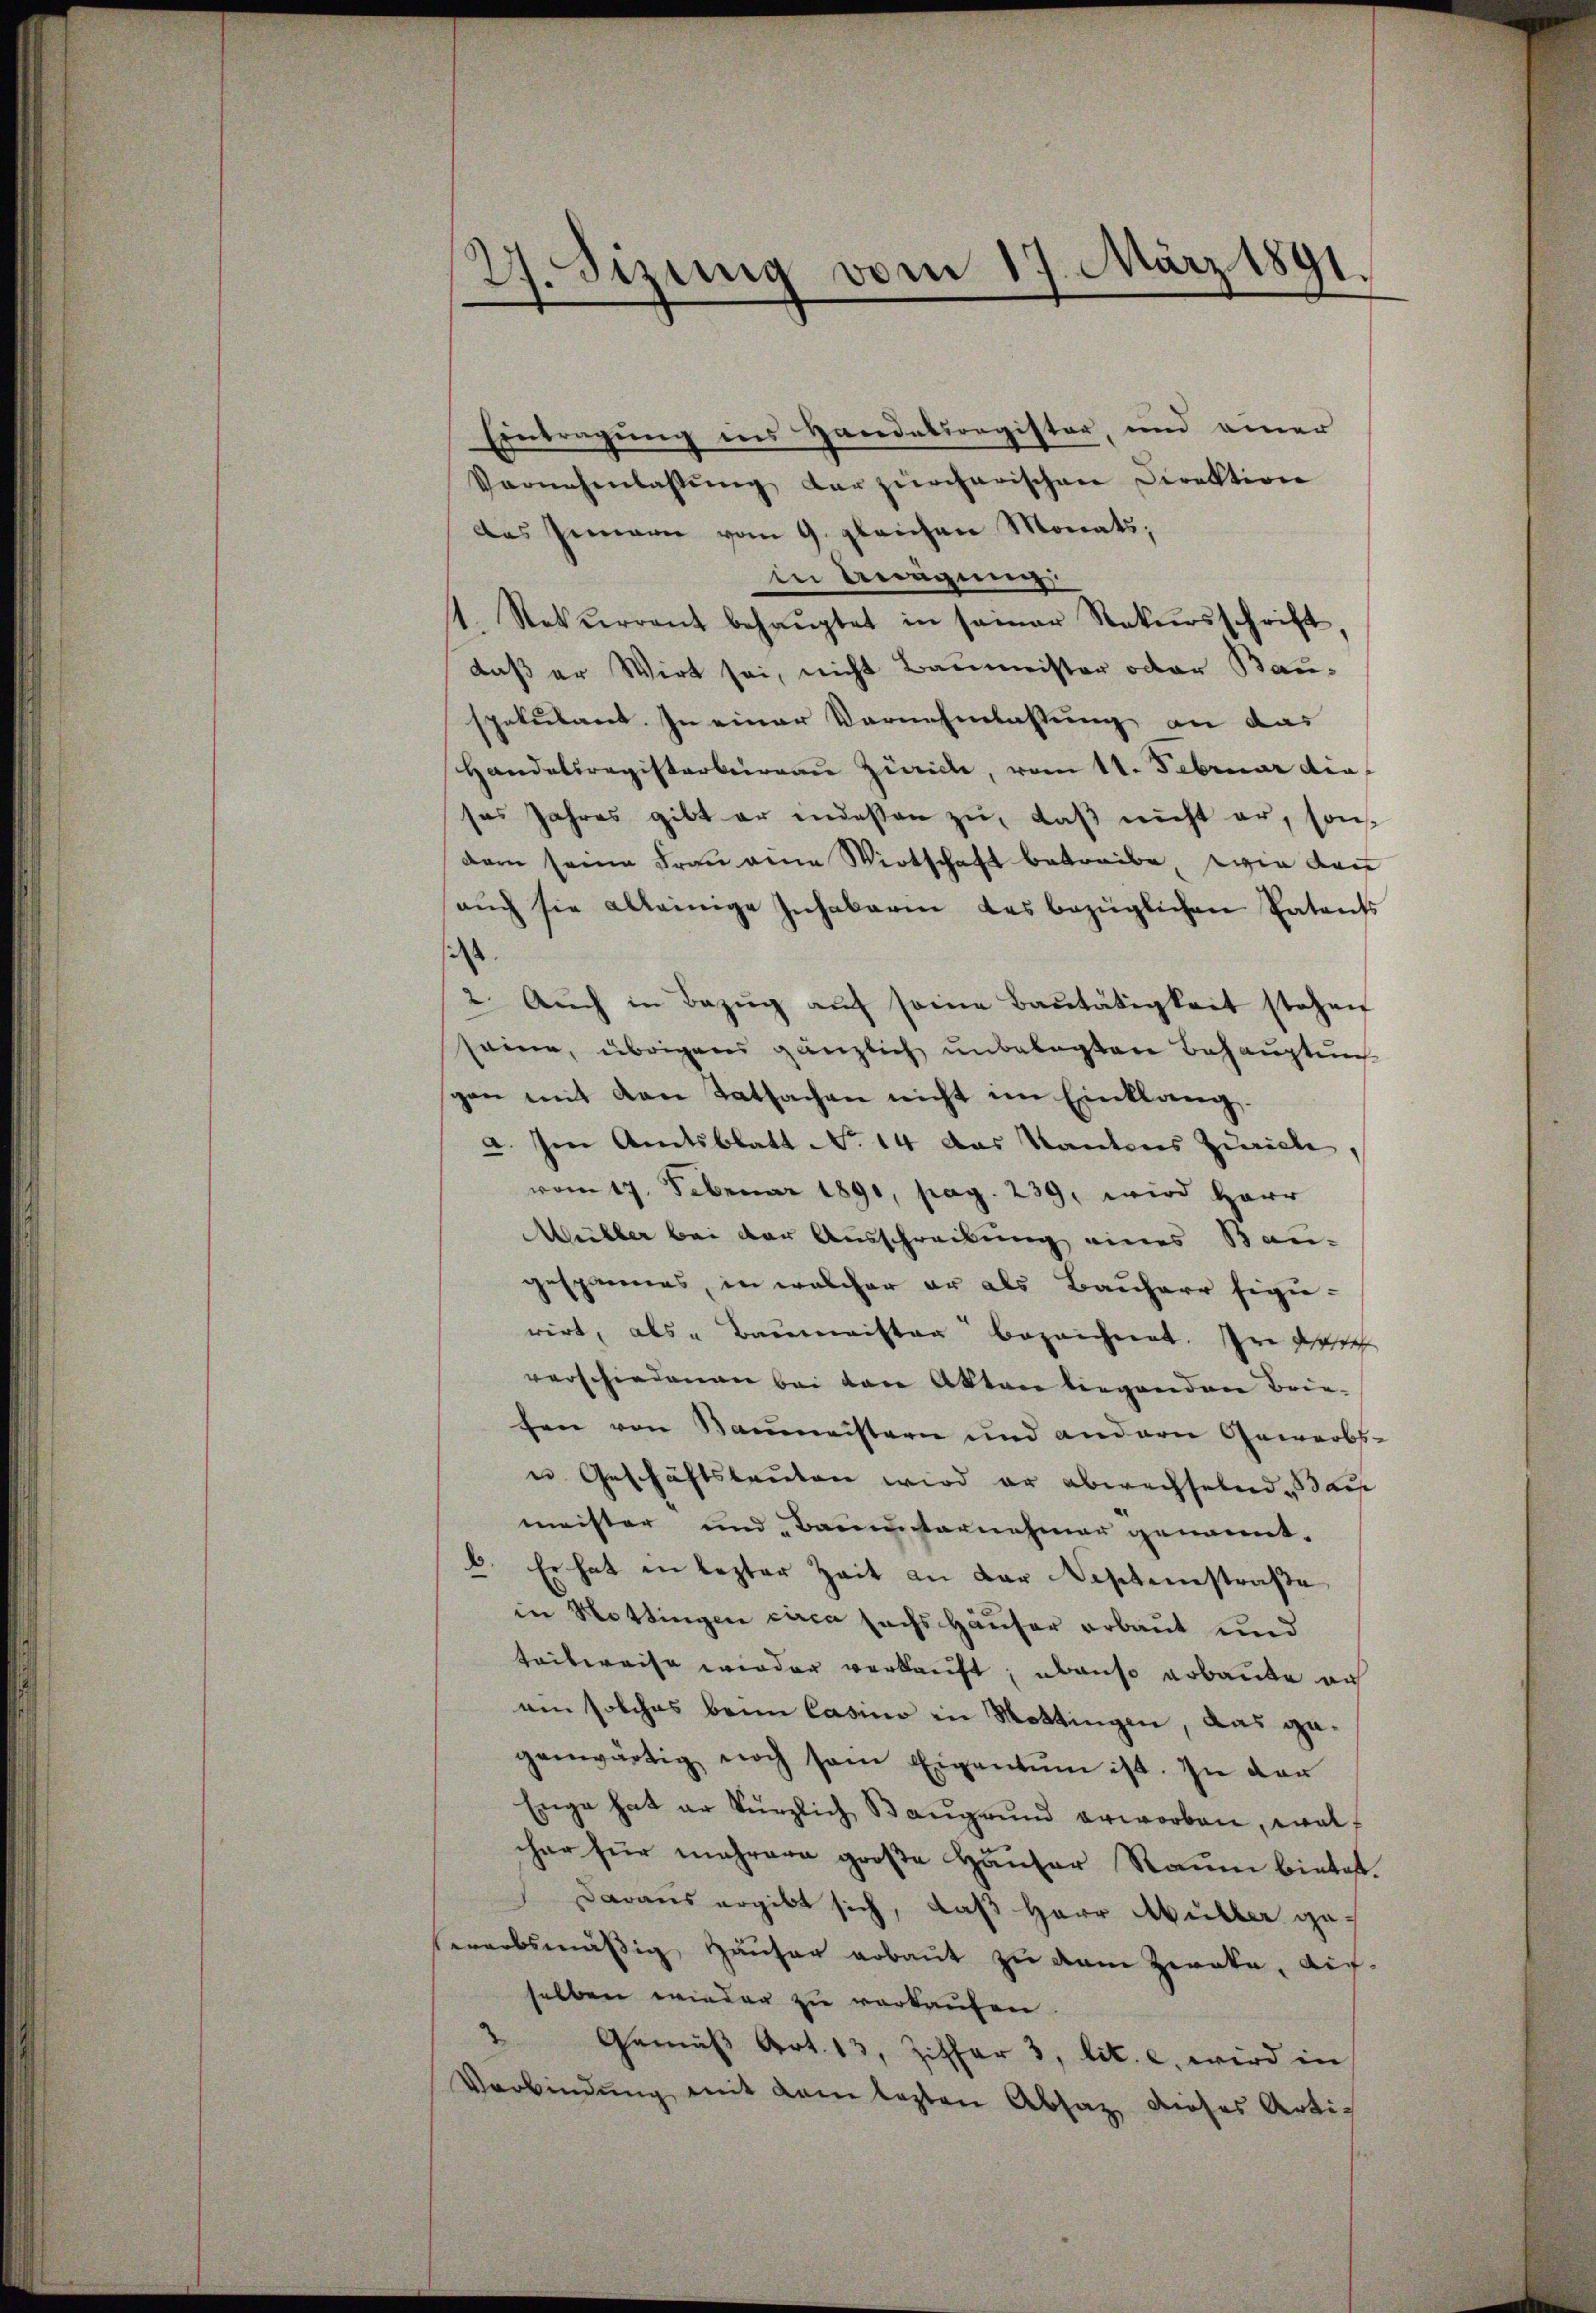
27. Sizung vom 17. März 1891.

Eintragung ins Handelsregister, und einer
Vornehmlassŭng der zürcherischen Direktion
das Innern vom 9. gleichen Monats,
in Anigung
1. Rekurrent behaŭptet in seiner Rekursschrift,
daß er Wirt sei, nicht Baumeister oder Bauspekulant. In einer Vernehmlassung an das
Handelsregisterbureau Zürich, vom 11. Februar die
ses Jahres gibt er indessen zu, daß nicht er, sondern seine Frau eine Wirtschaft betreibe, wie dann
aŭch sie alleinige Inhabarin das bezüglichen Patents
i
2. Aŭch in Bezŭg aŭf seine Baŭtätigkeit stehen
eine, übrigens gänzlich unbelegten Behauptung
gen mit den Tatsachen nicht im Einklang.
a. Im Amtsblatt No. 14 das Kantons Zürich
vom 17. Februar 1891, pag. 239. wird Herr
Müller bei der Ausschreibung eines Bau-
gespannes, in welcher er als Bauherr Eigie-
rirt, als " Baumeister bezeichnet. In desteh
vorschiedenen bei den Akten liegenden Brie-
fen von Baumeistern und andern Gewerbs-
u. Geschäftsleuten wird er abwechselnd Bau
meister und Barmunternehmer genannt.
6. Er hat in lezter Zeit an der Nestenstraße
in Hottingen circa sechs Häuser erbaut und
teitereise wieder verkauft; ebenso erbaute au
ein solches beim Casino in Mottingen, das gagenwärtig noch sein Eigentum ist. In der
Enge hat er kürzlich Baŭgrŭnd erworben, wel
cher für mehrere große Häuser Raum bietet.
Daraus ergibt sich, daß Herr Müller gehererbsmäßig, Häuser arbaut zu dem Zwaka, auf-
selben wieder zu verkaufen.
2 Gemäβ Art. 13, Ziffer 3, lit. c. wird in
Verbindung mit dem lezten Absatz dieses Arti¬